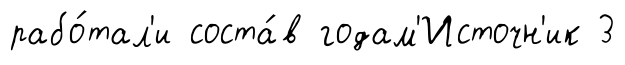
рабо́тал'и соста́в годам'Источн'ик 3